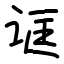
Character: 诓